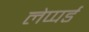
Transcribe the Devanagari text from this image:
लेप्पर्ड